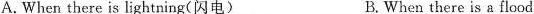
A. When there is lightning(闪电) B.When there is a flood